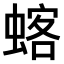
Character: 𫋍